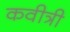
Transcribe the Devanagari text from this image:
कवीत्री